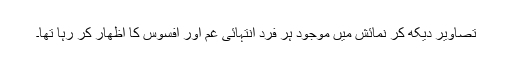
تصاویر دیکھ کر نمائش میں موجود ہر فرد انتہائی غم اور افسوس کا اظھار کر رہا تھا۔